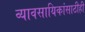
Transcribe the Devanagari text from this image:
व्यावसायिकांसाठीही